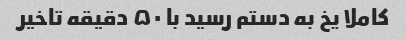
کاملا یخ به دستم رسید با ۵۰ دقیقه تاخیر